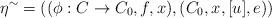
LaTeX: \begin{align*}\eta^{\sim}= ((\phi:C\rightarrow C_0,f,x),(C_0,x, [u], e))\end{align*}